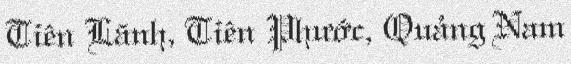
Tiên Lãnh, Tiên Phước, Quảng Nam